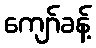
ကျော်ခန့်